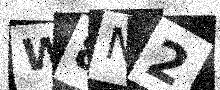
Text: W8N2